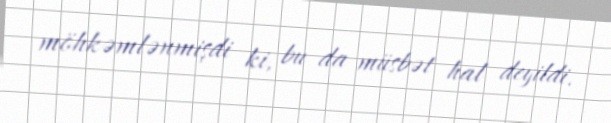
möhkəmlənmişdi ki, bu da müsbət hal deyildi.